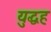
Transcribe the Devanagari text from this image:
युद्धह